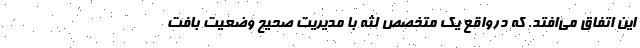
این اتفاق می‌افتد. که درواقع یک متخصص لثه با مدیریت صحیح وضعیت بافت